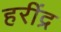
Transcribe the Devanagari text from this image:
हरींद्र